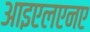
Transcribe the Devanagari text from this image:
आइएलएनए